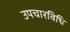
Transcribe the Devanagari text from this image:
उपचारविधि